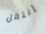
إنتقل